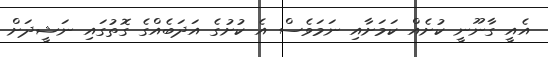
އެއީ ގާނޫނީ ކުށެއް ކަމަށާއި ނަމަވެސް އެ ކުށުގެ އަދަބެއްގެ ގޮތުގައި ނަޝީދަށް